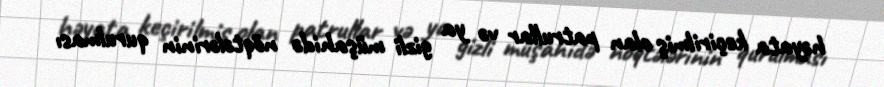
həyata keçirilmiş olan patrullar və ya gizli müşahidə nöqtələrinin qurulması